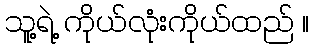
သူ့ရဲ့ ကိုယ်လုံးကိုယ်ထည် ။